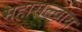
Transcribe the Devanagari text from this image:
महासत्त्वाय